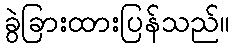
ခွဲခြားထားပြန်သည်။